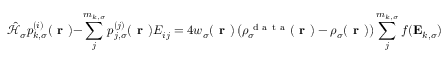
\hat { \mathcal { { H } } } _ { \sigma } p _ { k , \sigma } ^ { ( i ) } ( \boldsymbol { \textbf { r } } ) - \sum _ { j } ^ { m _ { k , \sigma } } p _ { j , \sigma } ^ { ( j ) } ( \boldsymbol { \textbf { r } } ) E _ { i j } = 4 w _ { \sigma } ( \boldsymbol { \textbf { r } } ) \left( \rho _ { \sigma } ^ { \mathrm { ~ d ~ a ~ t ~ a ~ } } ( \boldsymbol { \textbf { r } } ) - \rho _ { \sigma } ( \boldsymbol { \textbf { r } } ) \right) \sum _ { j } ^ { m _ { k , \sigma } } f ( \mathbf { E } _ { k , \sigma } ) _ { i j } \psi _ { k , \sigma } ^ { ( j ) } ( \boldsymbol { \textbf { r } } ) - \sum _ { j = 1 } ^ { m _ { k , \sigma } } ( D _ { k , \sigma , i j } + D _ { k , \sigma , j i } ) \psi _ { k , \sigma } ^ { ( j ) } \, .